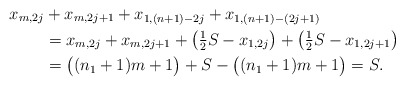
\begin{align*}x_{m,2j} &+ x_{m,2j+1} + x_{1,(n+1)-2j} + x_{1,(n+1)-(2j+1)} \\&= x_{m,2j} + x_{m,2j+1} + \bigl( \tfrac{1}{2} S - x_{1,2j} \bigr) + \bigl( \tfrac{1}{2} S - x_{1,2j+1} \bigr) \\&= \bigl( (n_1 +1 )m +1 \bigr) + S - \bigl( (n_1 +1) m +1 \bigr) =S.\end{align*}